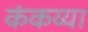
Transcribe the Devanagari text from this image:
कंकय्या